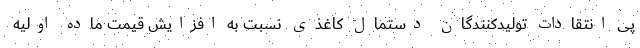
پی انتقادات تولیدکنندگان دستمال کاغذی نسبت به افزایش قیمت ماده اولیه